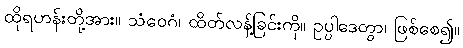
ထိုရဟန်းတို့အား။ သံဝေဂံ၊ ထိတ်လန့်ခြင်းကို။ ဥပ္ပါဒေတွာ၊ ဖြစ်စေ၍။